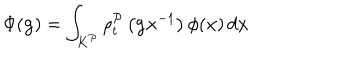
\Phi ( \mathbf { g } ) = \int _ { K ^ { \mathcal { P } } } \rho _ { t } ^ { \mathcal { P } } \left( \mathbf { g x } ^ { - 1 } \right) \phi ( \mathbf { x } ) \, d \mathbf { x }